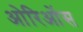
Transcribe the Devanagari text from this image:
ओरिओंस